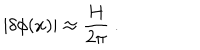
LaTeX: | \delta \phi ( x ) | \approx \frac { H } { 2 \pi } \ .